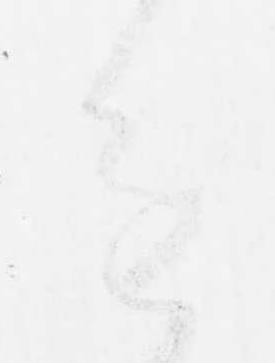
進